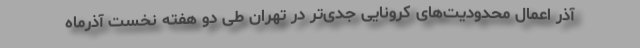
آذر اعمال محدودیت‌های کرونایی جدی‌تر در تهران طی دو هفته نخست آذرماه